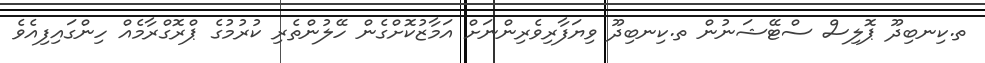
ތ.ކިނބިދޫ ޕޮލިސް ސްޓޭޝަނުން ތ.ކިނބިދޫ ވިޔަފާރިވެރިންނަށް އަމާޒުކޮށްގެން ހޭލުންތެރި ކުރުމުގެ ޕްރޮގްރާމެއް ހިންގައިފިއެވެ